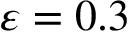
\varepsilon = 0 . 3